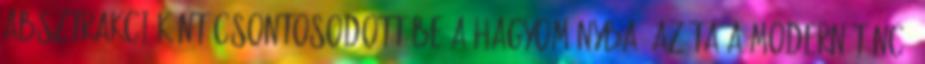
absztrakcióként csontosodott be a hagyományba. Azóta a modern tánc-